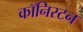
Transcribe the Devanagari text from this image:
कॉनिस्टन